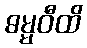
ဓမ္မဝီထိ